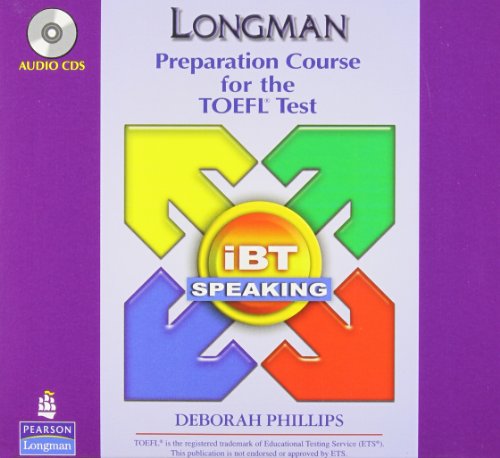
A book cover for Longman Preparation Course for the TOEFL Test: iBT 2.0 Speaking Audio CDs; PHILLIPS; Test Preparation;